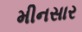
મીનસાર